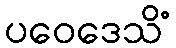
ပဝေဒေသိံ